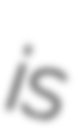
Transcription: is